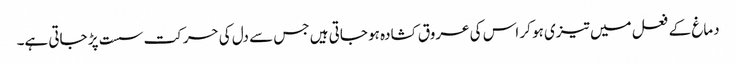
دماغ کے فعل میں تیزی ہو کر اس کی عروق کشادہ ہو جاتی ہیں جس سے دل کی حرکت سست پڑ جاتی ہے۔